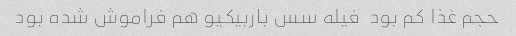
حجم غذا کم بود  فیله سس باربیکیو هم فراموش شده بود